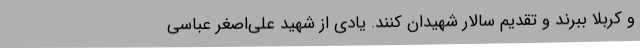
و کربلا ببرند و تقدیم سالار شهیدان کنند. یادی از شهید علی‌اصغر عباسی